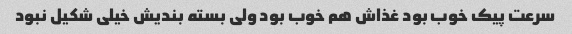
سرعت پیک خوب بود غذاش هم خوب بود ولی بسته بندیش خیلی شکیل نبود